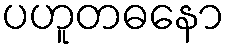
ပဟူတဓနော